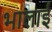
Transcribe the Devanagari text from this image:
भालाई